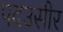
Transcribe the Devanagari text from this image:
पदउसीर